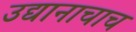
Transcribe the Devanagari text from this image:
उद्यानाचाच